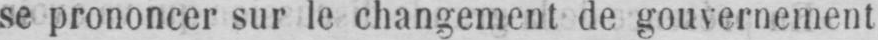
se prononcer sur le changement de gouvernement